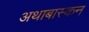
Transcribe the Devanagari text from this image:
अथाबास्कन